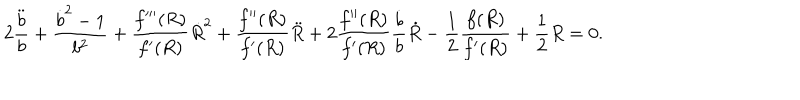
LaTeX: 2 \frac { \ddot { b } } { b } + \frac { { \dot { b } } ^ { 2 } - 1 } { b ^ { 2 } } + \frac { f ^ { \prime \prime \prime } ( R ) } { f ^ { \prime } ( R ) } \dot { R } ^ { 2 } + \frac { f ^ { \prime \prime } ( R ) } { f ^ { \prime } ( R ) } \ddot { R } + 2 \frac { f ^ { \prime \prime } ( R ) } { f ^ { \prime } ( R ) } \frac { \dot { b } } { b } \dot { R } - \frac { 1 } { 2 } \frac { f ( R ) } { f ^ { \prime } ( R ) } + \frac { 1 } { 2 } R = 0 .